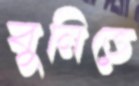
বুনিতে